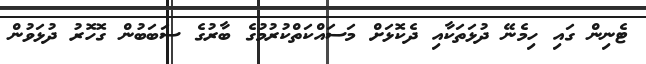
ޓެނިން ގައި ހިމެނޭ ދުޅަތަކާއި ދެކޮޅަށް މަސައްކަތްކުރުމުގެ ބާރުގެ ސަބަބުން ގޮހޮރު ދުޅަވުން